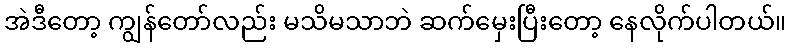
အဲဒီတော့ ကျွန်တော်လည်း မသိမသာဘဲ ဆက်မှေးပြီးတော့ နေလိုက်ပါတယ်။